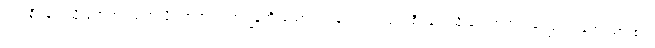
ပျက်စီးခြင်းသို့ ရောက်ရသကဲ့သို့ လာဘသက္ကာရခြုံတိုးသော ရဟန်းလည်း ပျက်စီးခြင်းသို့ ရောက်တတ်ကြောင်း ဟောထား၏။